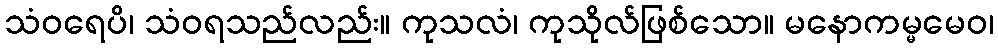
သံဝရေပိ၊ သံဝရသည်လည်း။ ကုသလံ၊ ကုသိုလ်ဖြစ်သော။ မနောကမ္မမေဝ၊